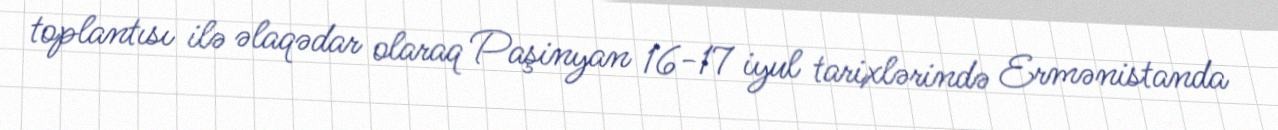
toplantısı ilə əlaqədar olaraq Paşinyan 16-17 iyul tarixlərində Ermənistanda